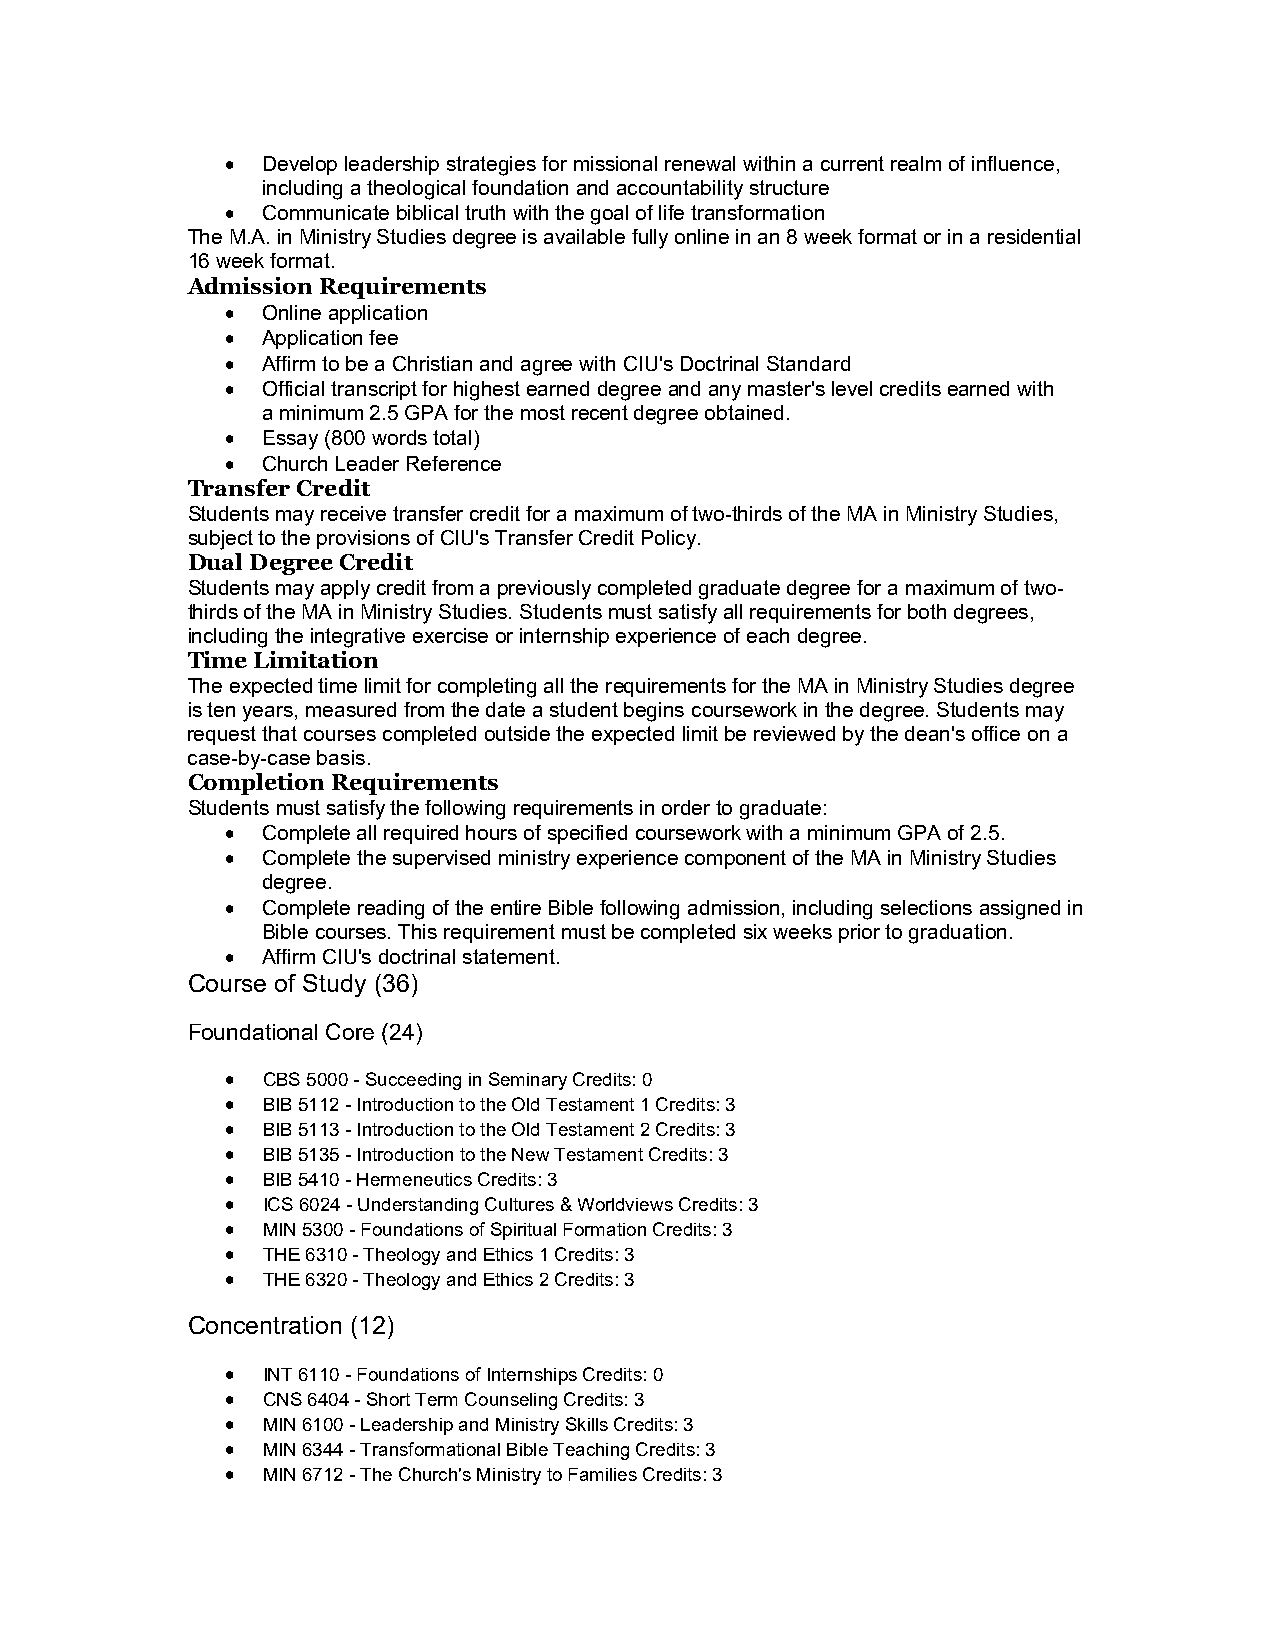
 Develop leadership strategies for missional renewal within a current realm of influence,
 including a theological foundation and accountability structure
  Communicate biblical truth with the goal of life transformation
 The M.A. in Ministry Studies degree is available fully online in an 8 week format or in a residential
 16 week format.
 Admission Requirements
  Online application
  Application fee
  Affirm to be a Christian and agree with CIU's Doctrinal Standard
  Official transcript for highest earned degree and any master's level credits earned with
 a minimum 2.5 GPA for the most recent degree obtained.
  Essay (800 words total)
  Church Leader Reference
 Transfer Credit
 Students may receive transfer credit for a maximum of two-thirds of the MA in Ministry Studies,
 subject to the provisions of CIU's Transfer Credit Policy.
 Dual Degree Credit
 Students may apply credit from a previously completed graduate degree for a maximum of two-
 thirds of the MA in Ministry Studies. Students must satisfy all requirements for both degrees,
 including the integrative exercise or internship experience of each degree.
 Time Limitation
 The expected time limit for completing all the requirements for the MA in Ministry Studies degree
 is ten years, measured from the date a student begins coursework in the degree. Students may
 request that courses completed outside the expected limit be reviewed by the dean's office on a
 case-by-case basis.
 Completion Requirements
 Students must satisfy the following requirements in order to graduate:
  Complete all required hours of specified coursework with a minimum GPA of 2.5.
  Complete the supervised ministry experience component of the MA in Ministry Studies
 degree.
  Complete reading of the entire Bible following admission, including selections assigned in
 Bible courses. This requirement must be completed six weeks prior to graduation.
  Affirm CIU's doctrinal statement.
 Course of Study (36)
 Foundational Core (24)
  CBS 5000 - Succeeding in Seminary Credits: 0
  BIB 5112 - Introduction to the Old Testament 1 Credits: 3
  BIB 5113 - Introduction to the Old Testament 2 Credits: 3
  BIB 5135 - Introduction to the New Testament Credits: 3
  BIB 5410 - Hermeneutics Credits: 3
  ICS 6024 - Understanding Cultures & Worldviews Credits: 3
  MIN 5300 - Foundations of Spiritual Formation Credits: 3
  THE 6310 - Theology and Ethics 1 Credits: 3
  THE 6320 - Theology and Ethics 2 Credits: 3
 Concentration (12)
  INT 6110 - Foundations of Internships Credits: 0
  CNS 6404 - Short Term Counseling Credits: 3
  MIN 6100 - Leadership and Ministry Skills Credits: 3
  MIN 6344 - Transformational Bible Teaching Credits: 3
  MIN 6712 - The Church's Ministry to Families Credits: 3